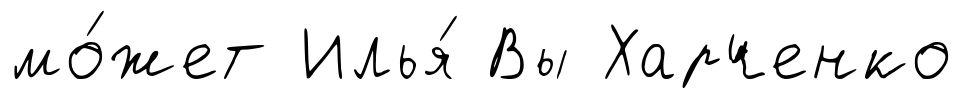
мо́жет Илья́ Вы Харченко